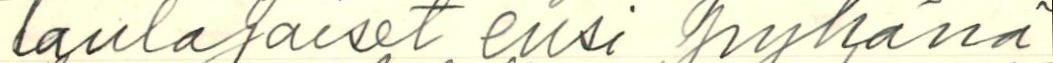
laulajaiset ensi pyhänä